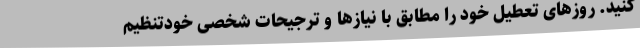
کنید. روزهای تعطیل خود را مطابق با نیازها و ترجیحات شخصی خودتنظیم